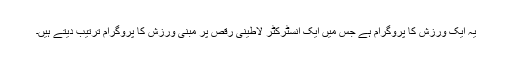
یہ ایک ورزش کا پروگرام ہے جس میں ایک انسٹرکٹر لاطینی رقص پر مبنی ورزش کا پروگرام ترتیب دیتے ہیں۔